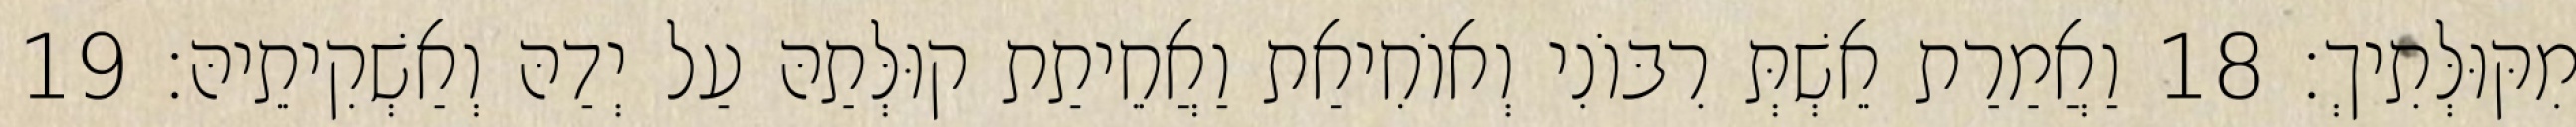
מִקּוּלְּתִיךְ׃ 18 וַאֲמַרַת אֵשְׁתְּ רִבּוֹנִי וְאוֹחִיאַת וַאֲחֵיתַת קוּלְּתַהּ עַל יְדַהּ וְאַשְׁקִיתֵיהּ׃ 19